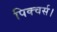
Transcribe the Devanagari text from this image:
पिक्चर्स।